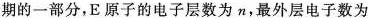
期的一部分，E原子的电子层数为n，最外层电子数为